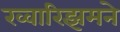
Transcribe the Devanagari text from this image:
ख्वारिझमने